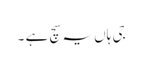
جی ہاں یہ سچ ہے ۔